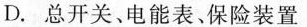
D.总开关、电能表、保险装置